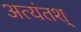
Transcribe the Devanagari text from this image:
अत्यंतश्